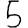
Digit: 5